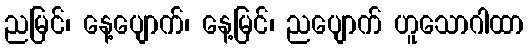
ညမြင်၊ နေ့ပျောက်၊ နေ့မြင်၊ ညပျောက် ဟူသောဂါထာ